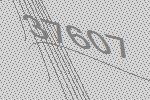
37607